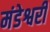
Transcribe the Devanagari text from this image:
मंडेश्वरी